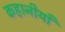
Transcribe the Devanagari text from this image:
कहानीयाँ